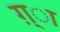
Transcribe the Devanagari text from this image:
ग़्ा